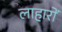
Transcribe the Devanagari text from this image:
लाहारों